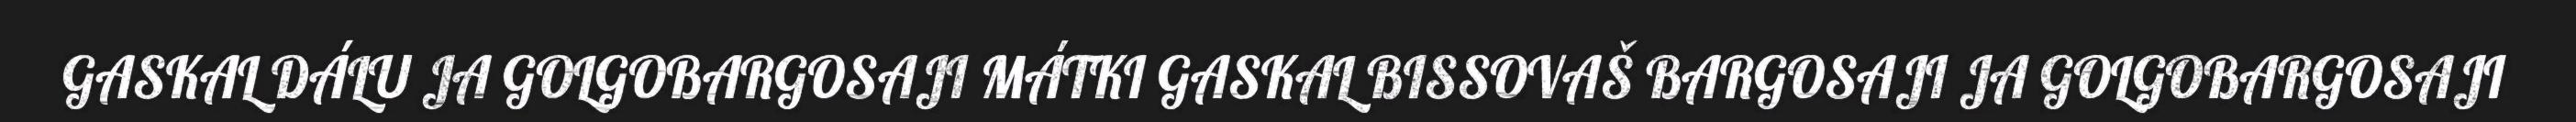
GASKAL DÁLU JA GOLGOBARGOSAJI MÁTKI GASKAL BISSOVAŠ BARGOSAJI JA GOLGOBARGOSAJI